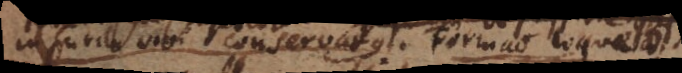
in spiritu vini conservatus. Formatio loquelae.